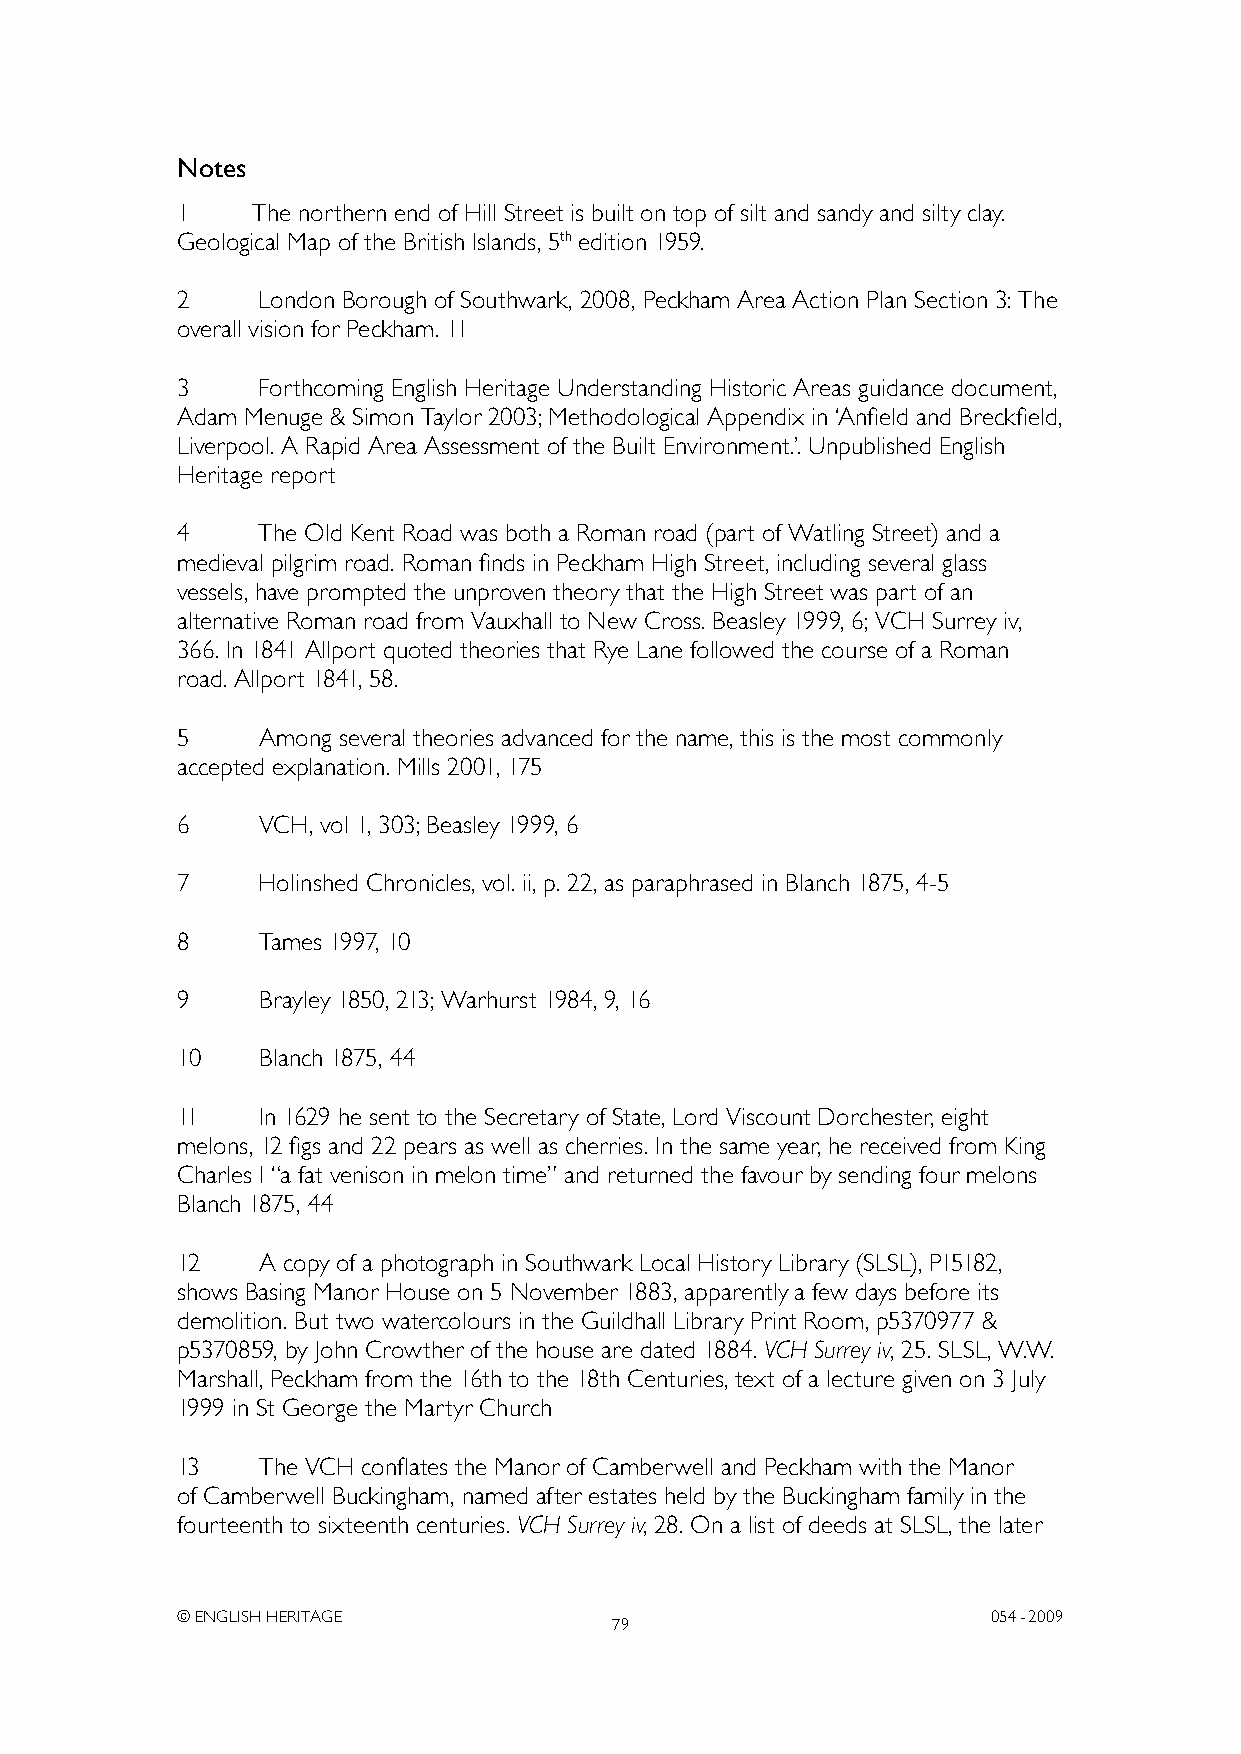
Notes
 1    The northern end of Hill Street is built on top of silt and sandy and silty clay.
 Geological Map of the British Islands, 5th edition 1959.
 2    London Borough of Southwark, 2008, Peckham Area Action Plan Section 3: The
 overall vision for Peckham. 11
 3    Forthcoming English Heritage Understanding Historic Areas guidance document,
 Adam Menuge & Simon Taylor 2003; Methodological Appendix in ‘Anfield and Breckfield,
 Liverpool. A Rapid Area Assessment of the Built Environment.’. Unpublished English
 Heritage report
 4    The Old Kent Road was both a Roman road (part of Watling Street) and a
 medieval pilgrim road. Roman finds in Peckham High Street, including several glass
 vessels, have prompted the unproven theory that the High Street was part of an
 alternative Roman road from Vauxhall to New Cross. Beasley 1999, 6; VCH Surrey iv,
 366. In 1841 Allport quoted theories that Rye Lane followed the course of a Roman
 road. Allport 1841, 58.
 5    Among several theories advanced for the name, this is the most commonly
 accepted explanation. Mills 2001, 175
 6    VCH, vol 1, 303; Beasley 1999, 6
 7    Holinshed Chronicles, vol. ii, p. 22, as paraphrased in Blanch 1875, 4-5
 8    Tames 1997, 10
 9    Brayley 1850, 213; Warhurst 1984, 9, 16
 10   Blanch 1875, 44
 11   In 1629 he sent to the Secretary of State, Lord Viscount Dorchester, eight
 melons, 12 figs and 22 pears as well as cherries. In the same year, he received from King
 Charles I “a fat venison in melon time” and returned the favour by sending four melons
 Blanch 1875, 44
 12   A copy of a photograph in Southwark Local History Library (SLSL), P15182,
 shows Basing Manor House on 5 November 1883, apparently a few days before its
 demolition. But two watercolours in the Guildhall Library Print Room, p5370977 &
 p5370859, by John Crowther of the house are dated 1884. VCH Surrey iv, 25. SLSL, W.W.
 Marshall, Peckham from the 16th to the 18th Centuries, text of a lecture given on 3 July
 1999 in St George the Martyr Church
 13   The VCH conflates the Manor of Camberwell and Peckham with the Manor
 of Camberwell Buckingham, named after estates held by the Buckingham family in the
 fourteenth to sixteenth centuries. VCH Surrey iv, 28. On a list of deeds at SLSL, the later
 © ENGLISH HERITAGE                                    054- 2009
 79